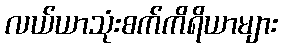
လယ်ယာသုံးစက်ကိရိယာများ